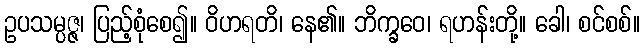
ဥပသမ္ပဇ္ဇ၊ ပြည့်စုံစေ၍။ ဝိဟရတိ၊ နေ၏။ ဘိက္ခဝေ၊ ရဟန်းတို့။ ခေါ၊ စင်စစ်။